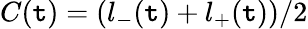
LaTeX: C(\mathtt{t})=(l_{-}(\mathtt{t})+l_{+}(\mathtt{t}))/2